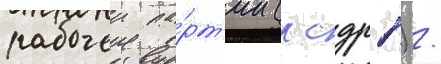
рабочеи па́рт'ии (рсдрп) /